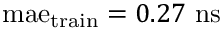
\mathrm { m a e } _ { \mathrm { t r a i n } } = 0 . 2 7 ~ \mathrm { n s }